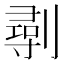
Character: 𠟢